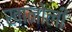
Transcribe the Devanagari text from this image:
खानोली